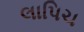
લાપિચ